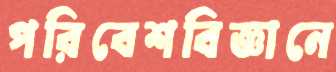
পরিবেশবিজ্ঞানে